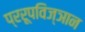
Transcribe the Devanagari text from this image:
प्ररूपविज्ञान